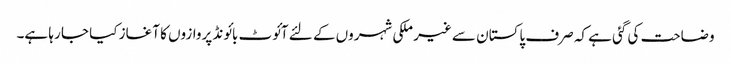
وضاحت کی گئی ہے کہ صرف پاکستان سے غیر ملکی شہروں کے لئے آئوٹ بائونڈ پروازوں کا آغاز کیا جا رہا ہے۔